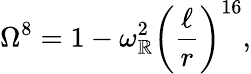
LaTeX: \Omega^{8}=1-\omega_{\mathbb{R}}^{2}\left(\frac{{\ell}}{{r}}\right)^{16},